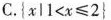
C.$${ x l 1 < x ≤ 2 }$$